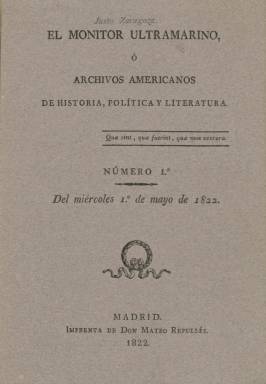
Título: El Monitor ultramarino o Archivos americanos de historia, política y literatura
Otros títulos: Archivos americanos de historia, política y literatura
Colección: Historia || Cultura
Ámbito geográfico: Madrid
Lugar de publicación: Madrid
Fechas: 01/05/1822-08/05/1822